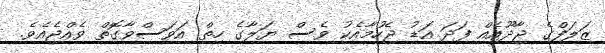
ޒަލަފްގެ ޖާދޫއެއް ފަދަ އަޑު ޖެހުމާއެކު ވެސް ޔަލާގެ ހިތް އަވަސްވާގޮތް ވެއްޖެއެވެ.